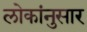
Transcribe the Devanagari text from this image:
लोकांनुसार